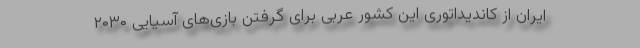
ایران از کاندیداتوری این کشور عربی برای گرفتن بازی‌های آسیایی ۲۰۳۰